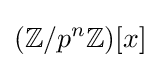
(\mathbb {Z} /p^{n}\mathbb {Z} )[x]